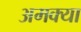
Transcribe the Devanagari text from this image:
अमक्या